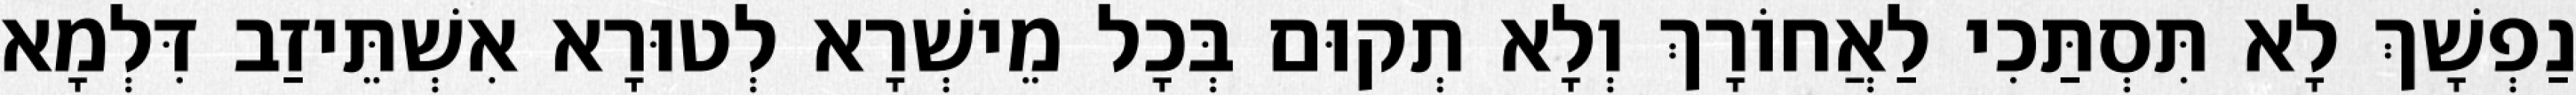
נַפְשָׁךְ לָא תִּסְתַּכִי לַאֲחוֹרָךְ וְלָא תְקוּם בְּכָל מֵישְׁרָא לְטוּרָא אִשְׁתֵּיזַב דִּלְמָא